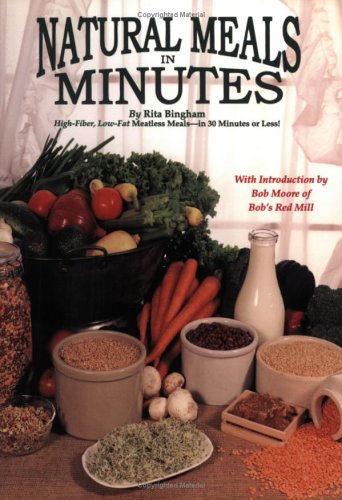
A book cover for Natural Meals In Minutes - High-Fiber, Low-Fat Meatless Storage Meals-in 30 Minutes or Less!; Rita Bingham; Health, Fitness & Dieting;